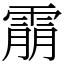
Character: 䨜